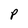
Character: P